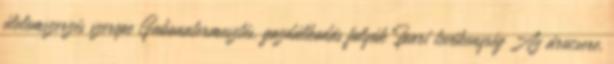
élelemszerzés szerepe Gabonatermesztés, gazdálkodás folyók Ipari tevékenység Az árucsere,